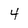
Character: 4